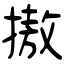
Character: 𢳆